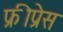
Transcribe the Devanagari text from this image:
फ्रीप्रेस